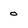
Character: 0